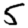
Digit: 5